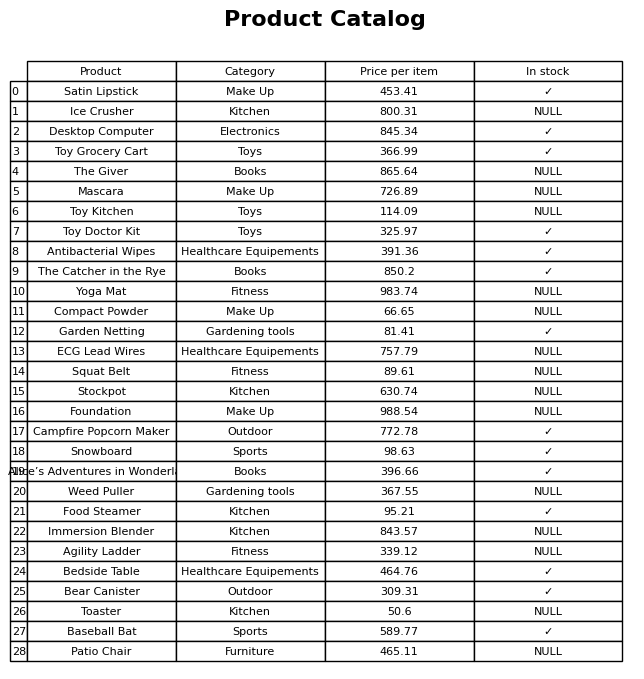
question: What is the price of the Patio Chair?
answer: The price of Patio Chair is 465.11.